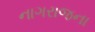
નાગરાજના